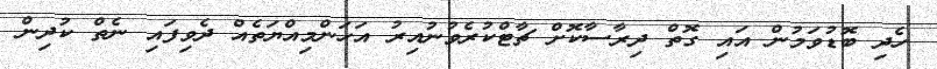
ހެދި ބޮޑުވަމުން އައި ގޮތް ދިރާސާކޮށް ޗާޓްކުރެވުނުއިރު އަހަންމިއްޔަތެއް ދެވިފައި ނެތް ކުދިން